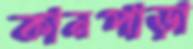
কানপাড়া